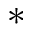
\ast